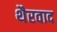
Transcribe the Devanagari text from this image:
थैरवाद